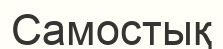
Самостық